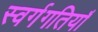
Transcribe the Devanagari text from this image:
स्वर्गगतियाँ